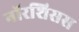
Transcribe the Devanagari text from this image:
नॉरशिसस